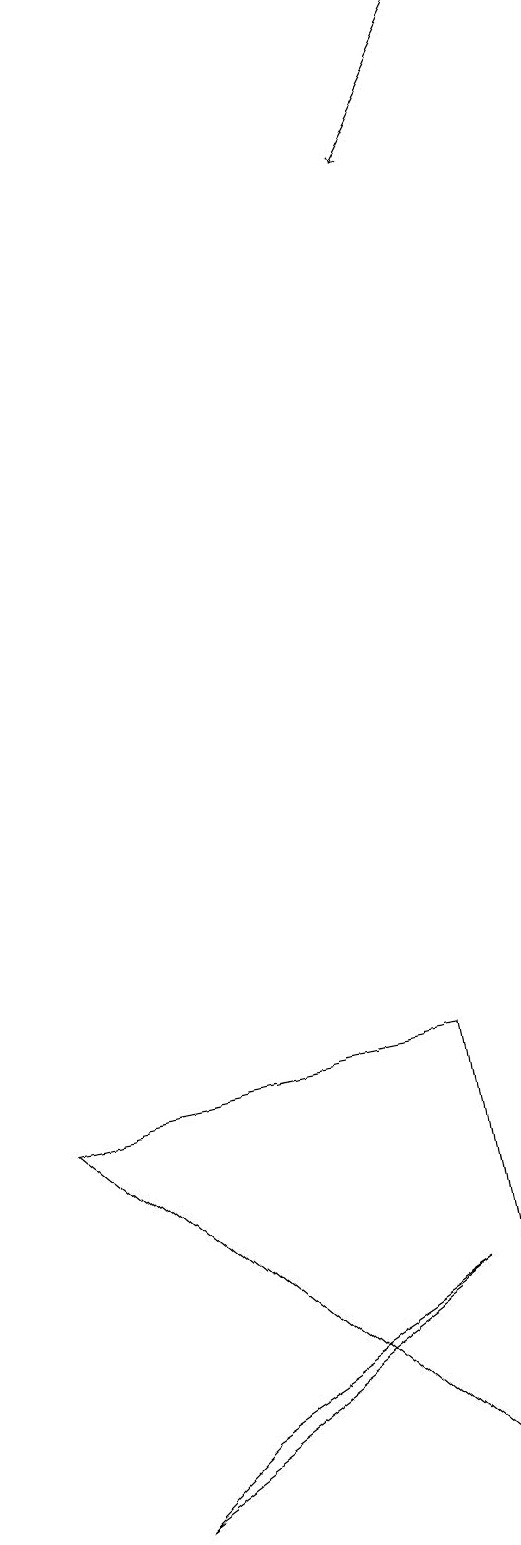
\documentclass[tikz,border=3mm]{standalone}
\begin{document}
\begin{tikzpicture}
\draw (6,6) -- (7,0) -- (1,5) -- cycle;
\draw (2,0) -- (6,3) -- (3,1) -- cycle;
\draw[->] (7,19) -- (6,17);
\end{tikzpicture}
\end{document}